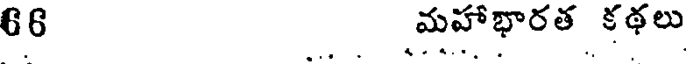
66 మహాభారత కథలు